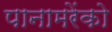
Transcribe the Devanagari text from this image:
पानामरेंको